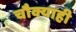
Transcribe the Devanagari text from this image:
चौक्याही